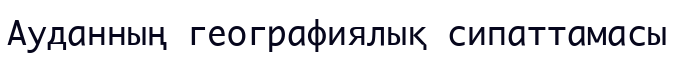
Ауданның географиялық сипаттамасы